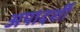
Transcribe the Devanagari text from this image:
अपादर्शी